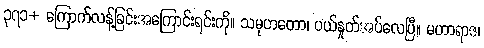
၃၇၁+ ကြောက်လန့်ခြင်းအကြောင်းရင်းကို။ သမုဟတော၊ ပယ်နှုတ်အပ်လေပြီ။ မဟာရာဇ၊